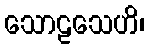
သောဠသေဟိ၊